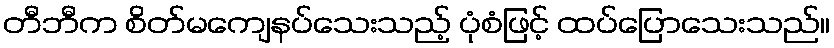
တီဘီက စိတ်မကျေနပ်သေးသည့် ပုံစံဖြင့် ထပ်ပြောသေးသည်။